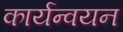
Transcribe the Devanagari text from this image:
कार्यन्वयन